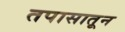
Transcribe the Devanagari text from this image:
तपासातून